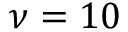
\nu = 1 0